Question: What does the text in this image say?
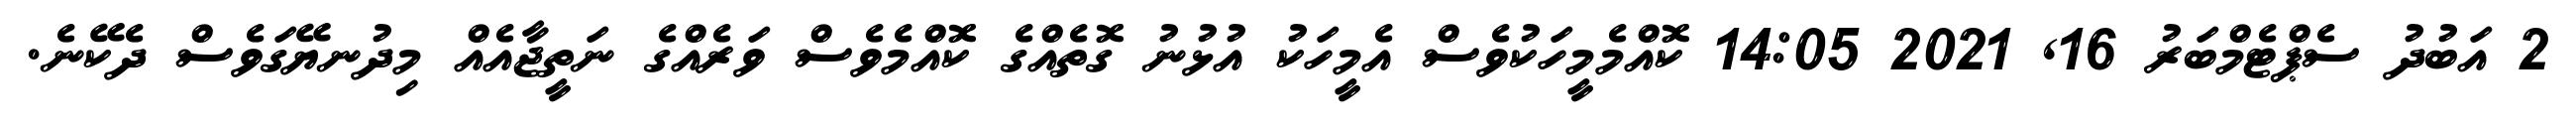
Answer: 2 އަބުދު ސެޕްޓެމްބަރު 16, 2021 14:05 ކޮއްމެމީހަކުވެސް އެމީހަކު އުޅުނު ގޮތެއްގެ ކޮއްމެވެސް ވަރެއްގެ ނަތީޖާއެއް މިދުނޔޭގަވެސް ދެކޭނެ.